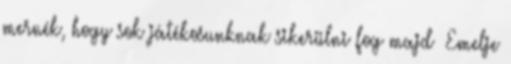
mernék, hogy sok játékosunknak sikerülni fog majd Emelje